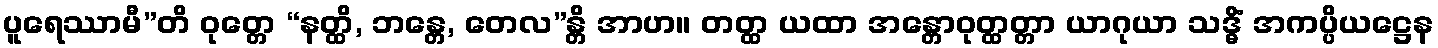
ပူရေဿာမီ”တိ ဝုတ္တေ “နတ္ထိ, ဘန္တေ, တေလ”န္တိ အာဟ။ တတ္ထ ယထာ အန္တောဝုတ္ထတ္တာ ယာဂုယာ သဒ္ဓိံ အကပ္ပိယဋ္ဌေန